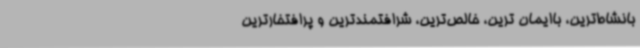
بانشاط‌ترین، باایمان ترین، خالص‌ترین، شرافتمندترین و پرافتخارترین